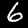
Digit: 6